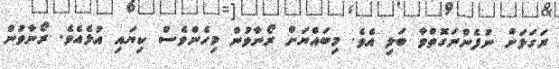
ރަގަޅަށް ނުފެންނަގޮތްވާ ބަލި އެވެ. މިބައްޔަށް ރޯނާވުން މިހެންވެސް ކިޔައި އުޅެއެވެ. ރޯނާވުން